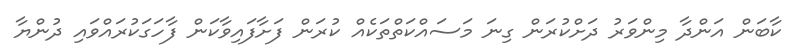
ކާބަން އަންދާ މިންވަރު ދަށްކުރަން ގިނަ މަސައްކަތްތަކެއް ކުރަން ފަށާފައިވާކަން ފާހަގަކުރައްވައި ދުންޔާ